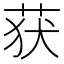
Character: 获